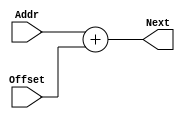
module AdderBr#(parameter N=15)
(	output reg[N:0] Next,
	input [N:0] Addr,
	input [N:0] Offset
);

always@(*)
begin
	Next = Addr + Offset;
end

endmodule